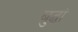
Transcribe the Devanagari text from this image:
बुद्धां